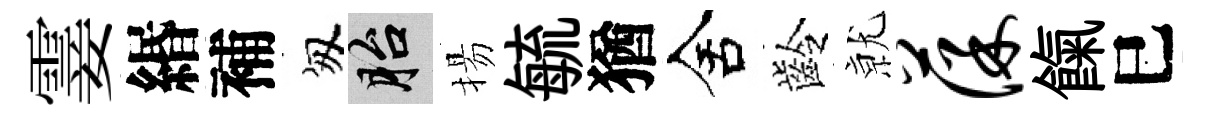
霎緡補匆胎揚毓猶舍齡𭕒葆餼巳